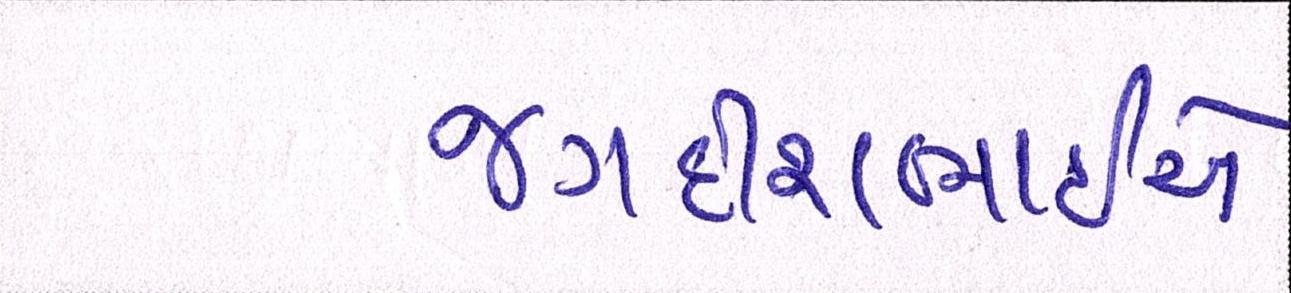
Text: જગદીશભાઇએ